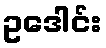
ဥဒေါင်း